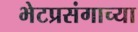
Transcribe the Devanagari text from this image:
भेटप्रसंगाच्या